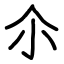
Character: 尒